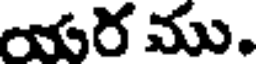
యర ము.